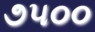
૭૫૦૦